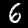
Digit: 6